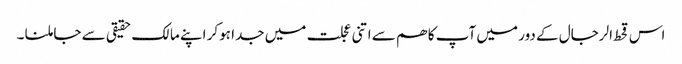
اس قحط الرجال کے دور میں آپ کا ھم سے اتنی عجلت میں جدا ہوکر اپنے مالک حقیقی سے جا ملنا ۔